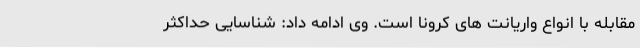
مقابله با انواع واریانت های کرونا است. وی ادامه داد: شناسایی حداکثر